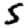
Digit: 5